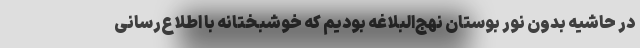
در حاشیه بدون نور بوستان نهج‌البلاغه بودیم که خوشبختانه با اطلاع‌رسانی